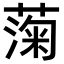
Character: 𫉙